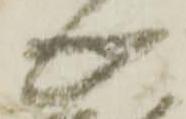
心